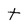
Character: t